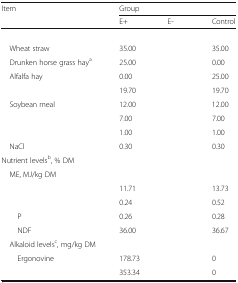
<table><thead><tr><td rowspan="2"><b>Item</b></td><td colspan="3"><b>Group</b></td></tr><tr><td><b>E+</b></td><td><b>E-</b></td><td><b>Control</b></td></tr></thead><tbody><tr><td colspan="4">[EMPTY_CELL]</td></tr><tr><td> Wheat straw</td><td>35.00</td><td>[EMPTY_CELL]</td><td>35.00</td></tr><tr><td> Drunken horse grass hay<sup>a</sup></td><td>25.00</td><td>[EMPTY_CELL]</td><td>0.00</td></tr><tr><td> Alfalfa hay</td><td>0.00</td><td>[EMPTY_CELL]</td><td>25.00</td></tr><tr><td>[EMPTY_CELL]</td><td>19.70</td><td>[EMPTY_CELL]</td><td>19.70</td></tr><tr><td> Soybean meal</td><td>12.00</td><td>[EMPTY_CELL]</td><td>12.00</td></tr><tr><td>[EMPTY_CELL]</td><td>7.00</td><td>[EMPTY_CELL]</td><td>7.00</td></tr><tr><td>[EMPTY_CELL]</td><td>1.00</td><td>[EMPTY_CELL]</td><td>1.00</td></tr><tr><td> NaCl</td><td>0.30</td><td>[EMPTY_CELL]</td><td>0.30</td></tr><tr><td colspan="4">Nutrient levels<sup>b</sup>, % DM</td></tr><tr><td colspan="4"> ME, MJ/kg DM</td></tr><tr><td>[EMPTY_CELL]</td><td>11.71</td><td>[EMPTY_CELL]</td><td>13.73</td></tr><tr><td>[EMPTY_CELL]</td><td>0.24</td><td>[EMPTY_CELL]</td><td>0.52</td></tr><tr><td>P</td><td>0.26</td><td>[EMPTY_CELL]</td><td>0.28</td></tr><tr><td>NDF</td><td>36.00</td><td>[EMPTY_CELL]</td><td>36.67</td></tr><tr><td colspan="4"> Alkaloid levels<sup>c</sup>, mg/kg DM</td></tr><tr><td>Ergonovine</td><td>178.73</td><td>[EMPTY_CELL]</td><td>0</td></tr><tr><td>[EMPTY_CELL]</td><td>353.34</td><td>[EMPTY_CELL]</td><td>0</td></tr></tbody></table>